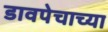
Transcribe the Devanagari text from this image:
डावपेचाच्या